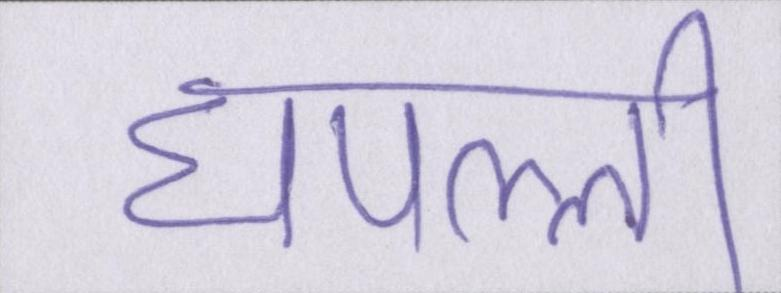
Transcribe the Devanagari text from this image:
घपल्ली